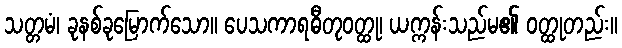
သတ္တမံ၊ ခုနစ်ခုမြောက်သော။ ပေသကာရဓီတုဝတ္ထု၊ ယက္ကန်းသည်မ၏ ဝတ္ထုတည်း။